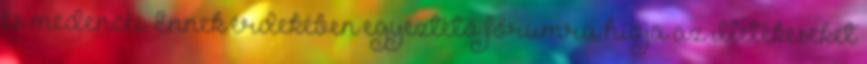
és medencéi. Ennek érdekében egyeztető fórumra hívja az illetékeseket